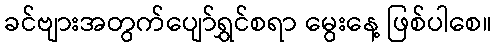
ခင်ဗျားအတွက်ပျော်ရွှင်စရာ မွေးနေ့ ဖြစ်ပါစေ။